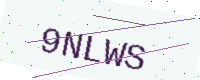
Text: 9NLWS